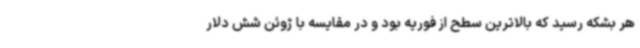
هر بشکه رسید که بالاترین سطح از فوریه بود و در مقایسه با ژوئن شش دلار